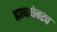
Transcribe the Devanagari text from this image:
ह्याबरोबरच